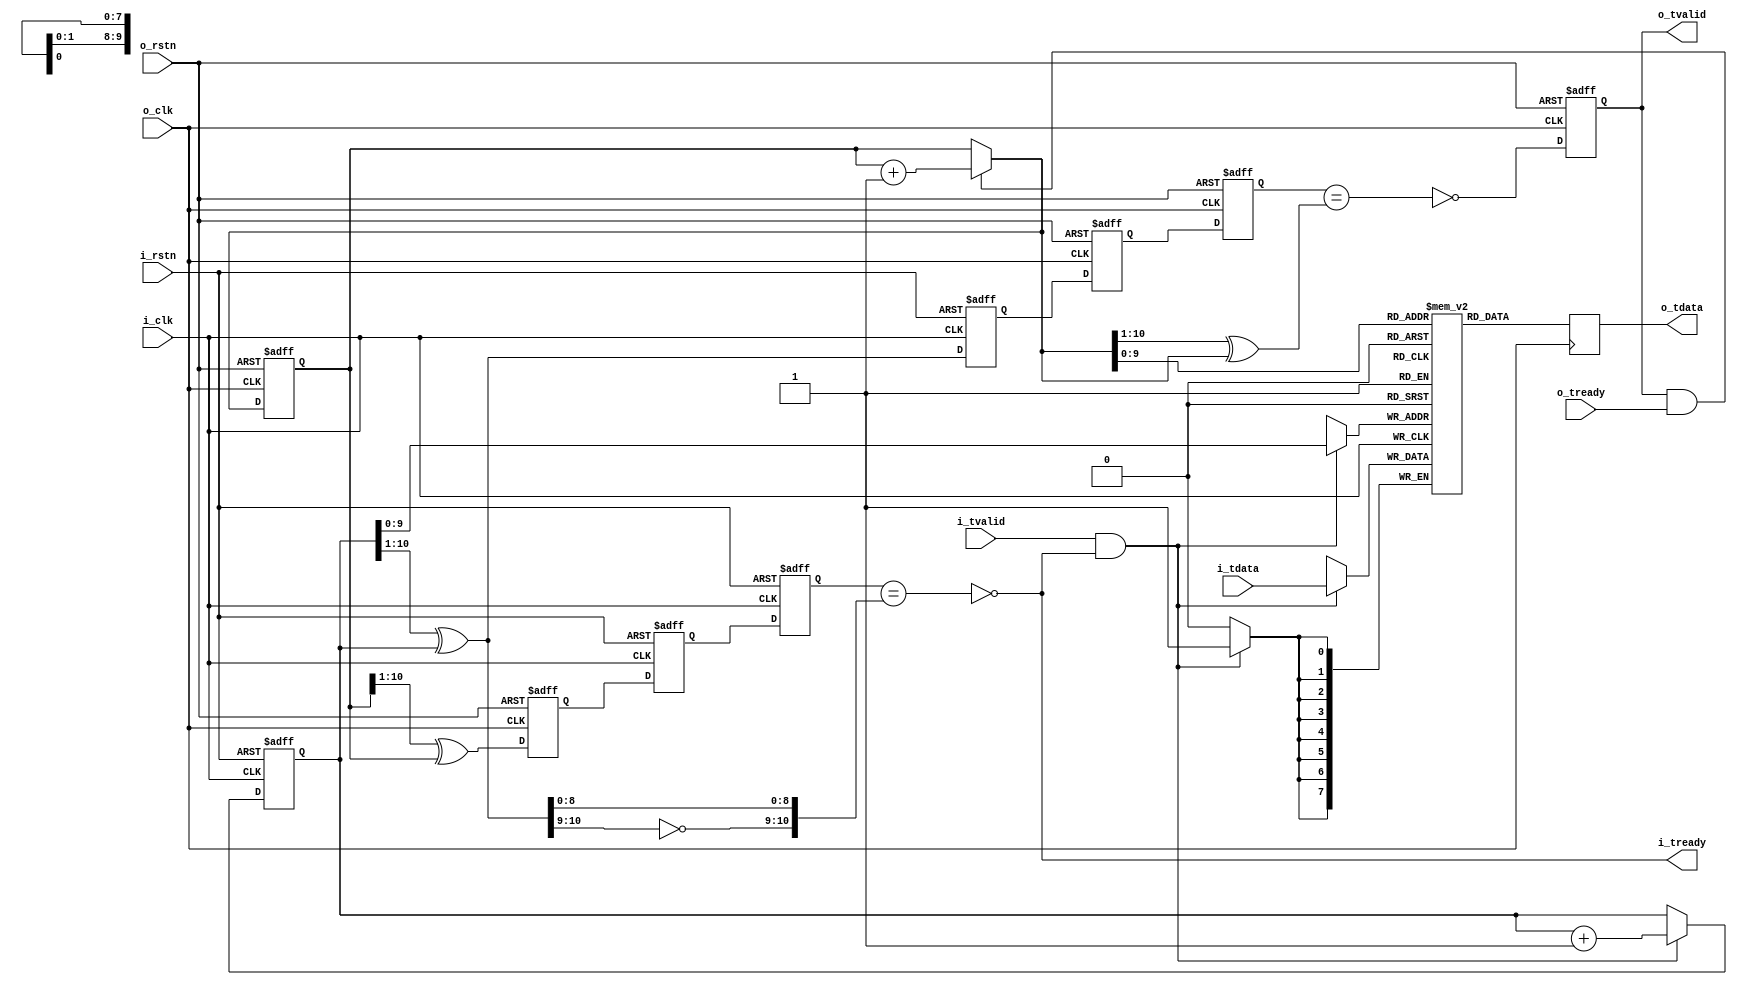
// This program was cloned from: https://github.com/WangXuan95/FPGA-ftdi245fifo
// License: GNU General Public License v3.0


//--------------------------------------------------------------------------------------------------------
// Module  : fifo_async
// Type    : synthesizable, IP's sub-module
// Standard: Verilog 2001 (IEEE1364-2001)
// Function: asynchronous fifo
//--------------------------------------------------------------------------------------------------------

module fifo_async #(
    parameter   DW = 8,
    parameter   EA = 10
)(
    input  wire          i_rstn,
    input  wire          i_clk,
    output wire          i_tready,
    input  wire          i_tvalid,
    input  wire [DW-1:0] i_tdata,
    input  wire          o_rstn,
    input  wire          o_clk,
    input  wire          o_tready,
    output reg           o_tvalid,
    output reg  [DW-1:0] o_tdata
);



reg  [DW-1:0] buffer [(1<<EA)-1:0];  // may automatically synthesize to BRAM

reg  [EA:0] wptr=0, wq_wptr_grey=0, rq1_wptr_grey=0, rq2_wptr_grey=0;
reg  [EA:0] rptr=0, rq_rptr_grey=0, wq1_rptr_grey=0, wq2_rptr_grey=0;
wire [EA:0] rptr_next = (o_tvalid & o_tready) ? (rptr + {{EA{1'b0}}, 1'b1}) : rptr;

wire [EA:0] wptr_grey      = (wptr >> 1)      ^ wptr;
wire [EA:0] rptr_grey      = (rptr >> 1)      ^ rptr;
wire [EA:0] rptr_next_grey = (rptr_next >> 1) ^ rptr_next;

always @ (posedge i_clk or negedge i_rstn)
    if(~i_rstn)
        wq_wptr_grey <= 0;
    else
        wq_wptr_grey <= wptr_grey;

always @ (posedge o_clk or negedge o_rstn)
    if(~o_rstn)
        {rq2_wptr_grey, rq1_wptr_grey} <= 0;
    else
        {rq2_wptr_grey, rq1_wptr_grey} <= {rq1_wptr_grey, wq_wptr_grey};

always @ (posedge o_clk or negedge o_rstn)
    if(~o_rstn)
        rq_rptr_grey <= 0;
    else
        rq_rptr_grey <= rptr_grey;

always @ (posedge i_clk or negedge i_rstn)
    if(~i_rstn)
        {wq2_rptr_grey, wq1_rptr_grey} <= 0;
    else
        {wq2_rptr_grey, wq1_rptr_grey} <= {wq1_rptr_grey, rq_rptr_grey};

wire w_full  = (wq2_rptr_grey == {~wptr_grey[EA:EA-1], wptr_grey[EA-2:0]} );
wire r_empty = (rq2_wptr_grey == rptr_next_grey                           );

assign i_tready = ~w_full;



always @ (posedge i_clk or negedge i_rstn)
    if(~i_rstn) begin
        wptr <= 0;
    end else begin
        if(i_tvalid & ~w_full)
            wptr <= wptr + {{EA{1'b0}}, 1'b1};
    end

always @ (posedge i_clk)
    if(i_tvalid & ~w_full)
        buffer[wptr[EA-1:0]] <= i_tdata;



initial o_tvalid = 1'b0;

always @ (posedge o_clk or negedge o_rstn)
    if (~o_rstn) begin
        rptr    <= 0;
        o_tvalid <= 1'b0;
    end else begin
        rptr    <= rptr_next;
        o_tvalid <= ~r_empty;
    end

always @ (posedge o_clk)
    o_tdata <= buffer[rptr_next[EA-1:0]];


endmodule